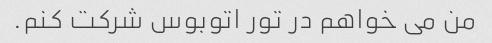
من می خواهم در تور اتوبوس شرکت کنم.